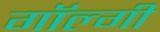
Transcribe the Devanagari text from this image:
गॉल्गी